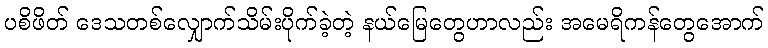
ပစိဖိတ် ဒေသတစ်လျှောက်သိမ်းပိုက်ခဲ့တဲ့ နယ်မြေတွေဟာလည်း အမေရိကန်တွေအောက်